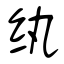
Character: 纨